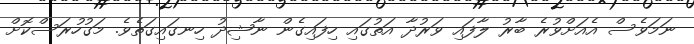
ނަމަވެސް އެއަށްވުރެ ބާރު ލާފައި ވަރުދާ އަތުގައި ހިފައިގެން ނާޝިދު ހިނގައިގަތެވެ. މަގުހުރަސްކޮށް